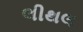
લીથલ